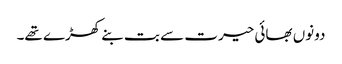
دونوں بھائی حیرت سے بت بنے کھڑے تھے۔